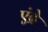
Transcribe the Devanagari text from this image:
एंद्रे